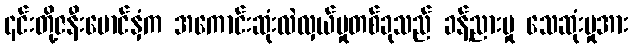
၎င်းတို့ဇနီးမောင်နှံက အကောင်းဆုံးလဲလှယ်မှုတစ်ခုသည် ခန့်ညားမှု သေဆုံးမှုအား